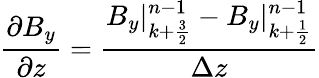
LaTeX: \frac{\partial B_{y}}{\partial z}=\frac{B_{y}|_{k+\frac{3}{2}}^{n-1}-B_{y}|_{k+\frac{1}{2}}^{n-1}}{\Delta z}